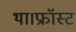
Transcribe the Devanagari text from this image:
था।फ्रॉस्ट